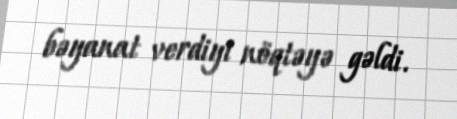
bəyanat verdiyi nöqtəyə gəldi.